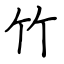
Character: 竹